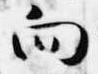
向